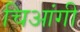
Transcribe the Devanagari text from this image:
चिआंगी